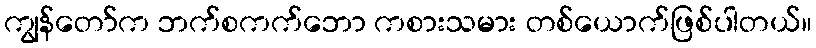
ကျွန်တော်က ဘက်စကက်ဘော ကစားသမား တစ်ယောက်ဖြစ်ပါတယ်။